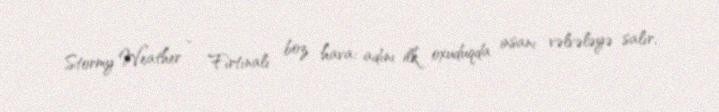
Stormy Weather - Fırtınalı boz hava: adını ilk oxuduqda insanı vəlvələyə salır,